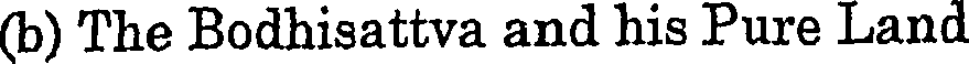
(b) The Bodhisattva and his Pure Land